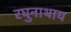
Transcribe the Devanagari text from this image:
रघुनाथाय